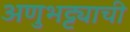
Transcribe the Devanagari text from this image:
अणुभट्ट्याची